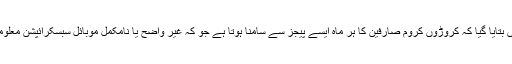
گوگل کے بیان میں بتایا گیا کہ کروڑوں کروم صارفین کا ہر ماہ ایسے پیجز سے سامنا ہوتا ہے جو کہ غیر واضح یا نامکمل موبائل سبسکرائپشن معلومات دی جاتی ہے۔